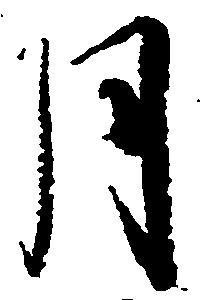
月